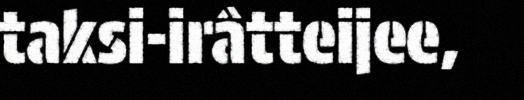
taksi-irâtteijee,